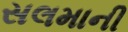
સલમાની